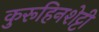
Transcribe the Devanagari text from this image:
कुरूहिनशेट्टी